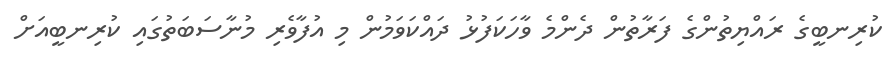
ކުރިނބީގެ ރައްޔިތުންގެ ފަރާތުން ދެންމެ ވާހަކަފުޅު ދައްކަވަމުން މި އުފާވެރި މުނާސަބަތުގައި ކުރިނބީއަށް